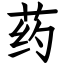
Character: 药